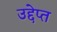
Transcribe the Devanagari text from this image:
उद्देप्त